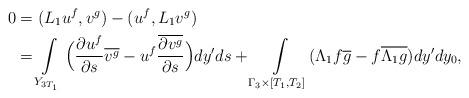
LaTeX: \begin{align*}0&=(L_1u^f,v^g)-(u^f,L_1v^g)\\&=\int\limits_{Y_{3T_1}}\Big(\frac{\partial u^f}{\partial s}\overline{v^g}-u^f\frac{\overline{\partial v^g}}{\partial s}\Big)dy'ds+\int\limits_{\Gamma_3\times[T_1,T_2]}(\Lambda_1f\overline g-f\overline{\Lambda_{1}g})dy'dy_0,\end{align*}